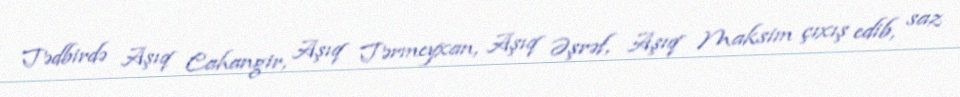
Tədbirdə Aşıq Cahangir, Aşıq Tərmeyxan, Aşıq Əşrəf, Aşıq Maksim çıxış edib, saz